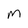
Character: m